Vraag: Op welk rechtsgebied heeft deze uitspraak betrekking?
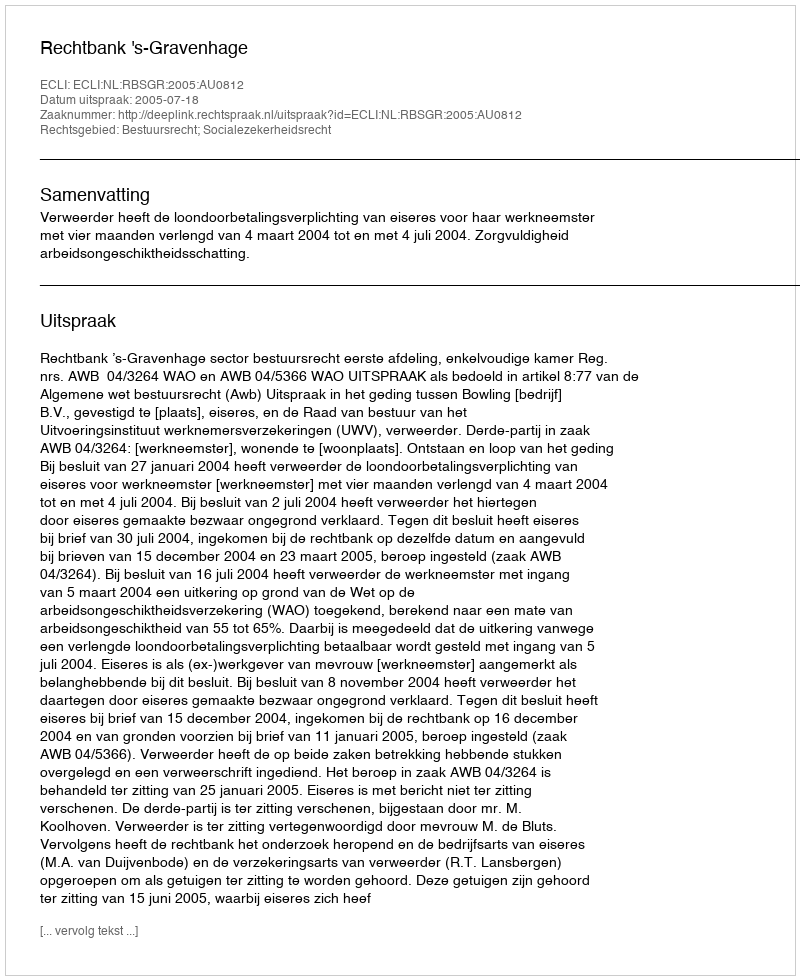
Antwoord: Bestuursrecht; Socialezekerheidsrecht